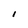
Character: l